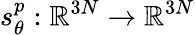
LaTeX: s_{\theta}^{p}:\mathbb{R}^{3N}\to\mathbb{R}^{3N}